Treatise on elephants
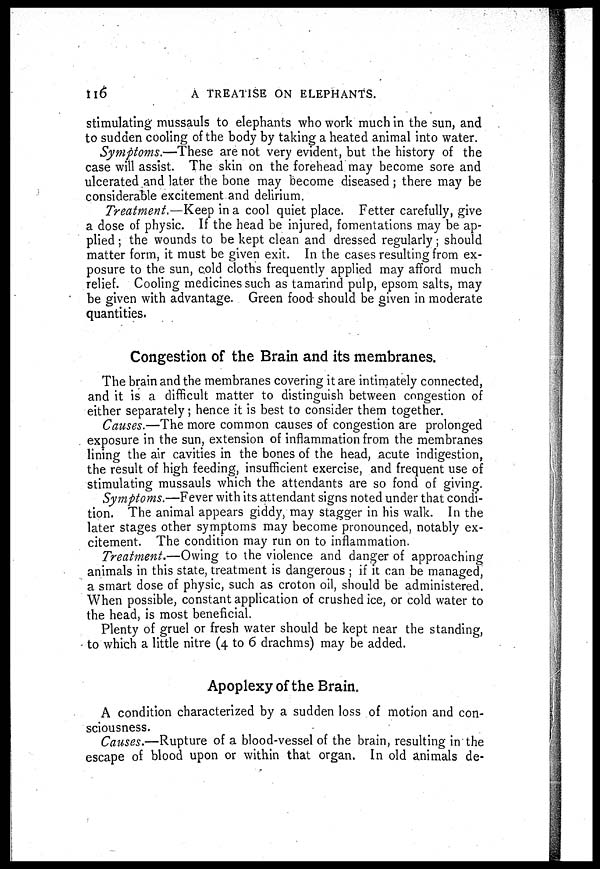
116
A TREATISE ON ELEPHANTS.
stimulating mussauls to elephants who work much in the sun, and
to sudden cooling of the body by taking a heated animal into water.
Symptoms.—These are not very evident, but the history of the
case will assist. The skin on the forehead may become sore and
ulcerated and later the bone may become diseased; there may be
considerable excitement and delirium.
Treatment.—Keep in a cool quiet place. Fetter carefully, give
a dose of physic. If the head be injured, fomentations may be ap-
plied ; the wounds to be kept clean and dressed regularly; should
matter form, it must be given exit. In the cases resulting from ex-
posure to the sun, cold cloths frequently applied may afford much
relief. Cooling medicines such as tamarind pulp, epsom salts, may
be given with advantage. Green food should be given in moderate
quantities.
Congestion of the Brain and its membranes.
The brain and the membranes covering it are intimately connected,
and it is a difficult matter to distinguish between congestion of
either separately; hence it is best to consider them together.
Causes.—The more common causes of congestion are prolonged
exposure in the sun, extension of inflammation from the membranes
lining the air cavities in the bones of the head, acute indigestion,
the result of high feeding, insufficient exercise, and frequent use of
stimulating mussauls which the attendants are so fond of giving
Symptoms.—Fever with its attendant signs noted under that condi-
tion. The animal appears giddy, may stagger in his walk. In the
later stages other symptoms may become pronounced, notably ex-
citement. The condition may run on to inflammation.
Treatment.—Owing to the violence and danger of approaching
animals in this state, treatment is dangerous ; if it can be managed,
a smart dose of physic, such as croton oil, should be administered.
When possible, constant application of crushed ice, or cold water to
the head, is most beneficial.
Plenty of gruel or fresh water should be kept near the standing,
to which a little nitre (4 to 6 drachms) may be added.
Apoplexy of the Brain.
A condition characterized by a sudden loss of motion and con-
sciousness.
Causes.—Rupture of a blood-vessel of the brain, resulting in the
escape of blood upon or within that organ. In old animals de-